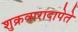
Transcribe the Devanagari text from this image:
शुक्रवारादापेते